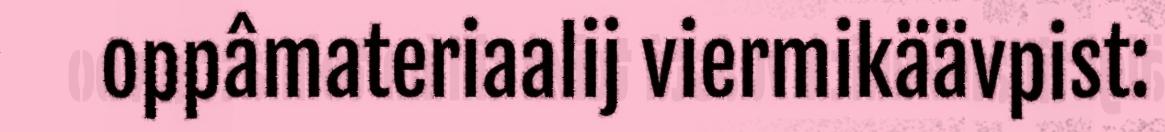
oppâmateriaalij viermikäävpist: